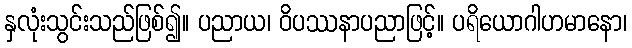
နှလုံးသွင်းသည်ဖြစ်၍။ ပညာယ၊ ဝိပဿနာပညာဖြင့်။ ပရိယောဂါဟမာနော၊